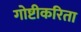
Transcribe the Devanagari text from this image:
गोष्टीकरिता